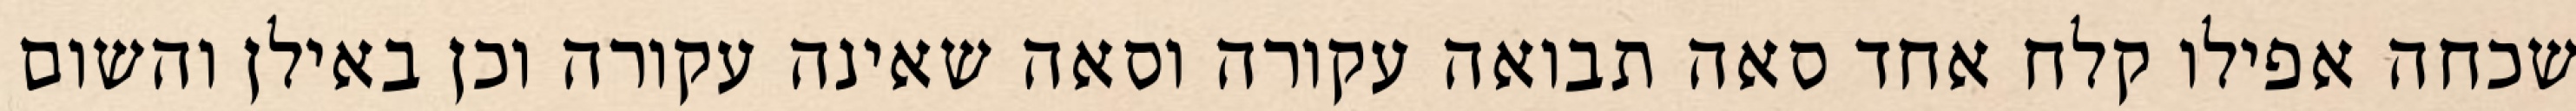
שכחה אפילו קלח אחד סאה תבואה עקורה וסאה שאינה עקורה וכן באילן והשום